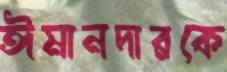
ঈমানদারকে